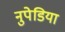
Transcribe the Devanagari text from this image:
नुपेडिया